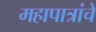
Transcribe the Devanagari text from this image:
महापात्रांचे